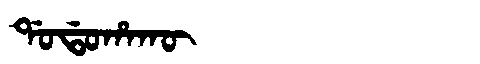
Manchu: ᡩᠣᡩᠣᡥᠠᡴᡡ
Romanization: DODOHAKŪ